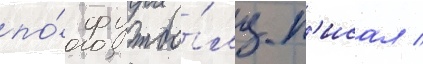
по́ футбо́лу п'исал /